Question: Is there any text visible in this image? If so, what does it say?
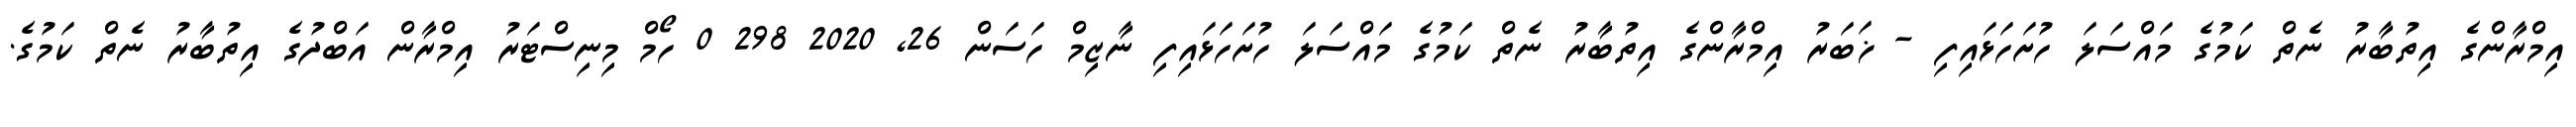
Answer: އިމްރާންގެ އިތުބާރު ނެތް ކަމުގެ މައްސަލަ ހުށަހަޅައިފި - ޚަބަރު އިމްރާންގެ އިތުބާރު ނެތް ކަމުގެ މައްސަލަ ހުށަހަޅައިފި ނާޒިމް ހަސަން 26, 2020 298 0 ހޯމް މިނިސްޓަރު އިމްރާން އަބްދުގެ އިތުބާރު ނެތް ކަމުގެ.